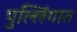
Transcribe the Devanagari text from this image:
पुल्लिंगात